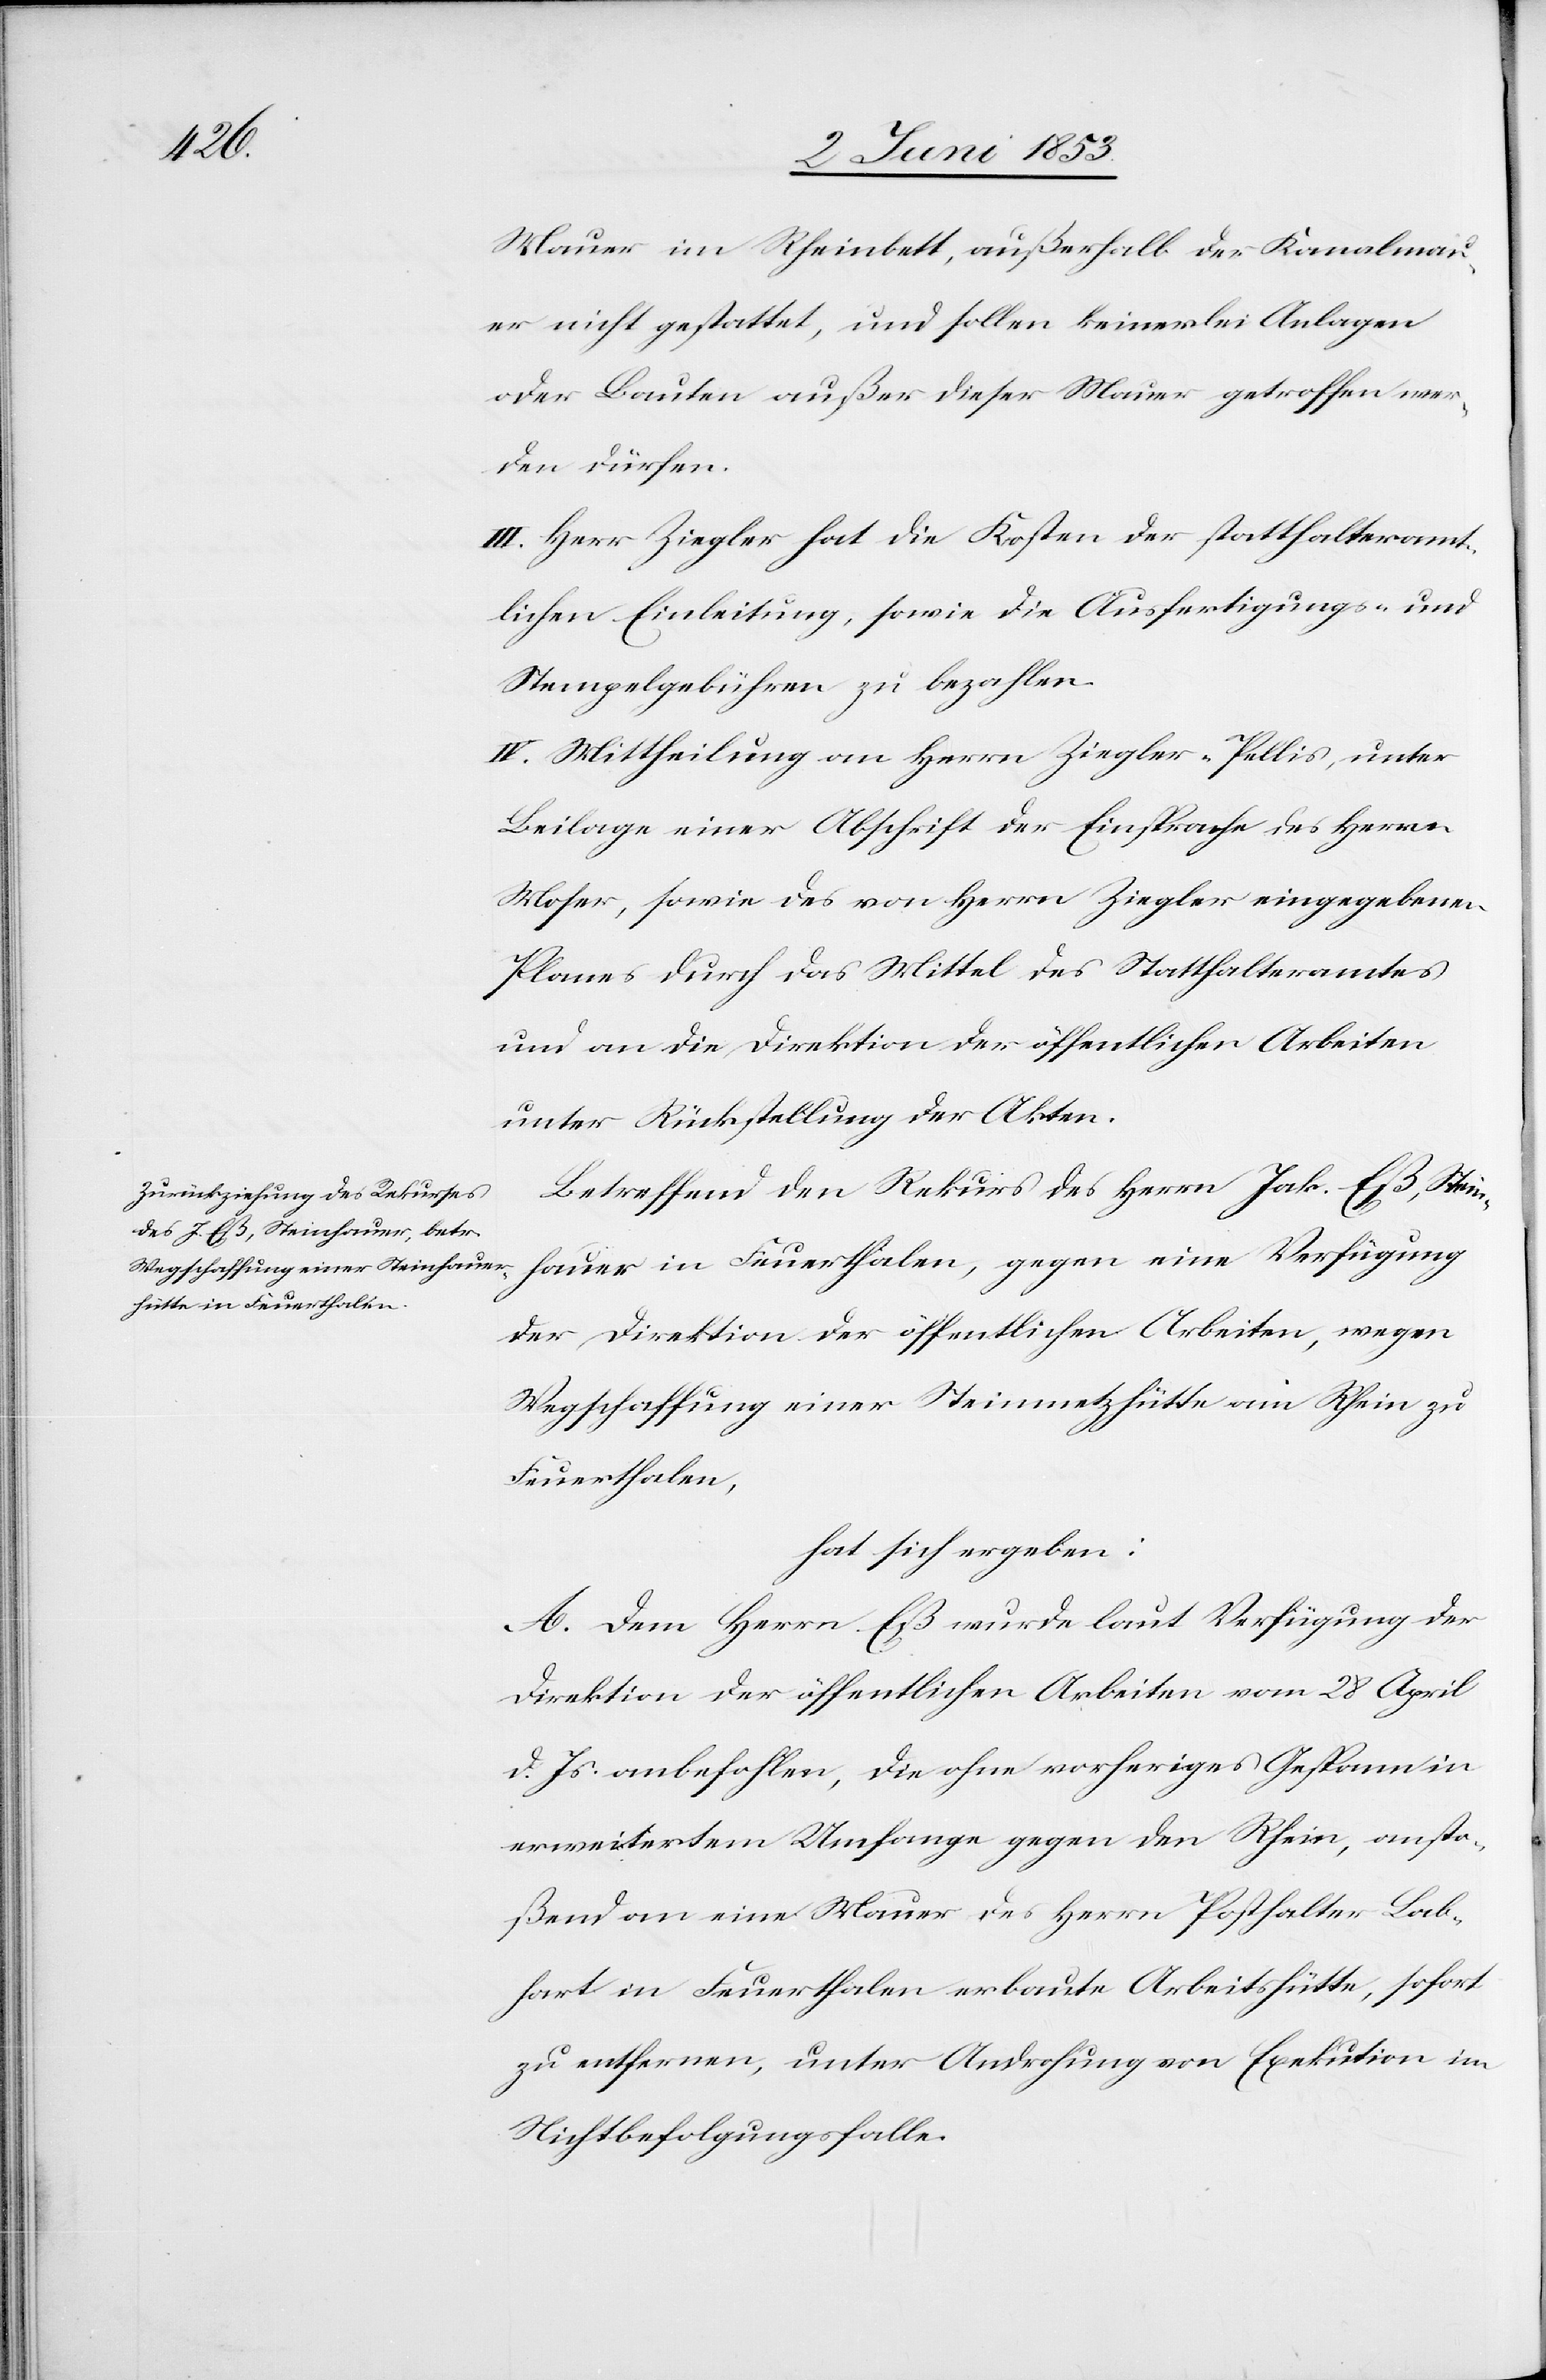
Mauer im Rheinbett, außerhalb der Kanalmau¬
er nicht gestattet, und sollen keinerlei Anlagen
oder Bauten außer dieser Mauer getroffen wer¬
den dürfen.
III. Herr Ziegler hat die Kosten der statthalteramt¬
lichen Einleitung, sowie die Ausfertigungs- u.
Stempelgebühren zu bezahlen.
IV. Mittheilung an Herrn Ziegler-Pellis, unter
Beilage einer Abschrift der Einsprache des Herrn
Moser, sowie des von Herrn Ziegler eingegebenen
Planes durch das Mittel des Statthalteramtes
und an die Direktion der öffentlichen Arbeiten
unter Rückstellung der Akten.
Betreffend den Rekurs des Herrn Jak. Eß, Stein¬
hauer in Feuerthalen, gegen eine Verfügung
der Direktion der öffentlichen Arbeiten, wegen
Wegschaffung einer Steinmetzhütte am Rhein in
Feuerthalen,
hat sich ergeben:
A. Dem Herrn Eß wurde laut Verfügung der
Direktion der öffentlichen Arbeiten vom 28 April
d. Js. anbefohlen, die ohne vorheriges Gespann in
erweitertem Umfange gegen den Rhein, ansto¬
ßend an eine Mauer des Herrn Posthalter Lab¬
hart in Feuerthalen erbaute Arbeitshütte, sofort
zu entfernen, unter Androhung von Exekution im
Nichtbefolgungsfalle.